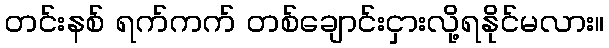
တင်းနစ် ရက်ကက် တစ်ချောင်းငှားလို့ရနိုင်မလား။